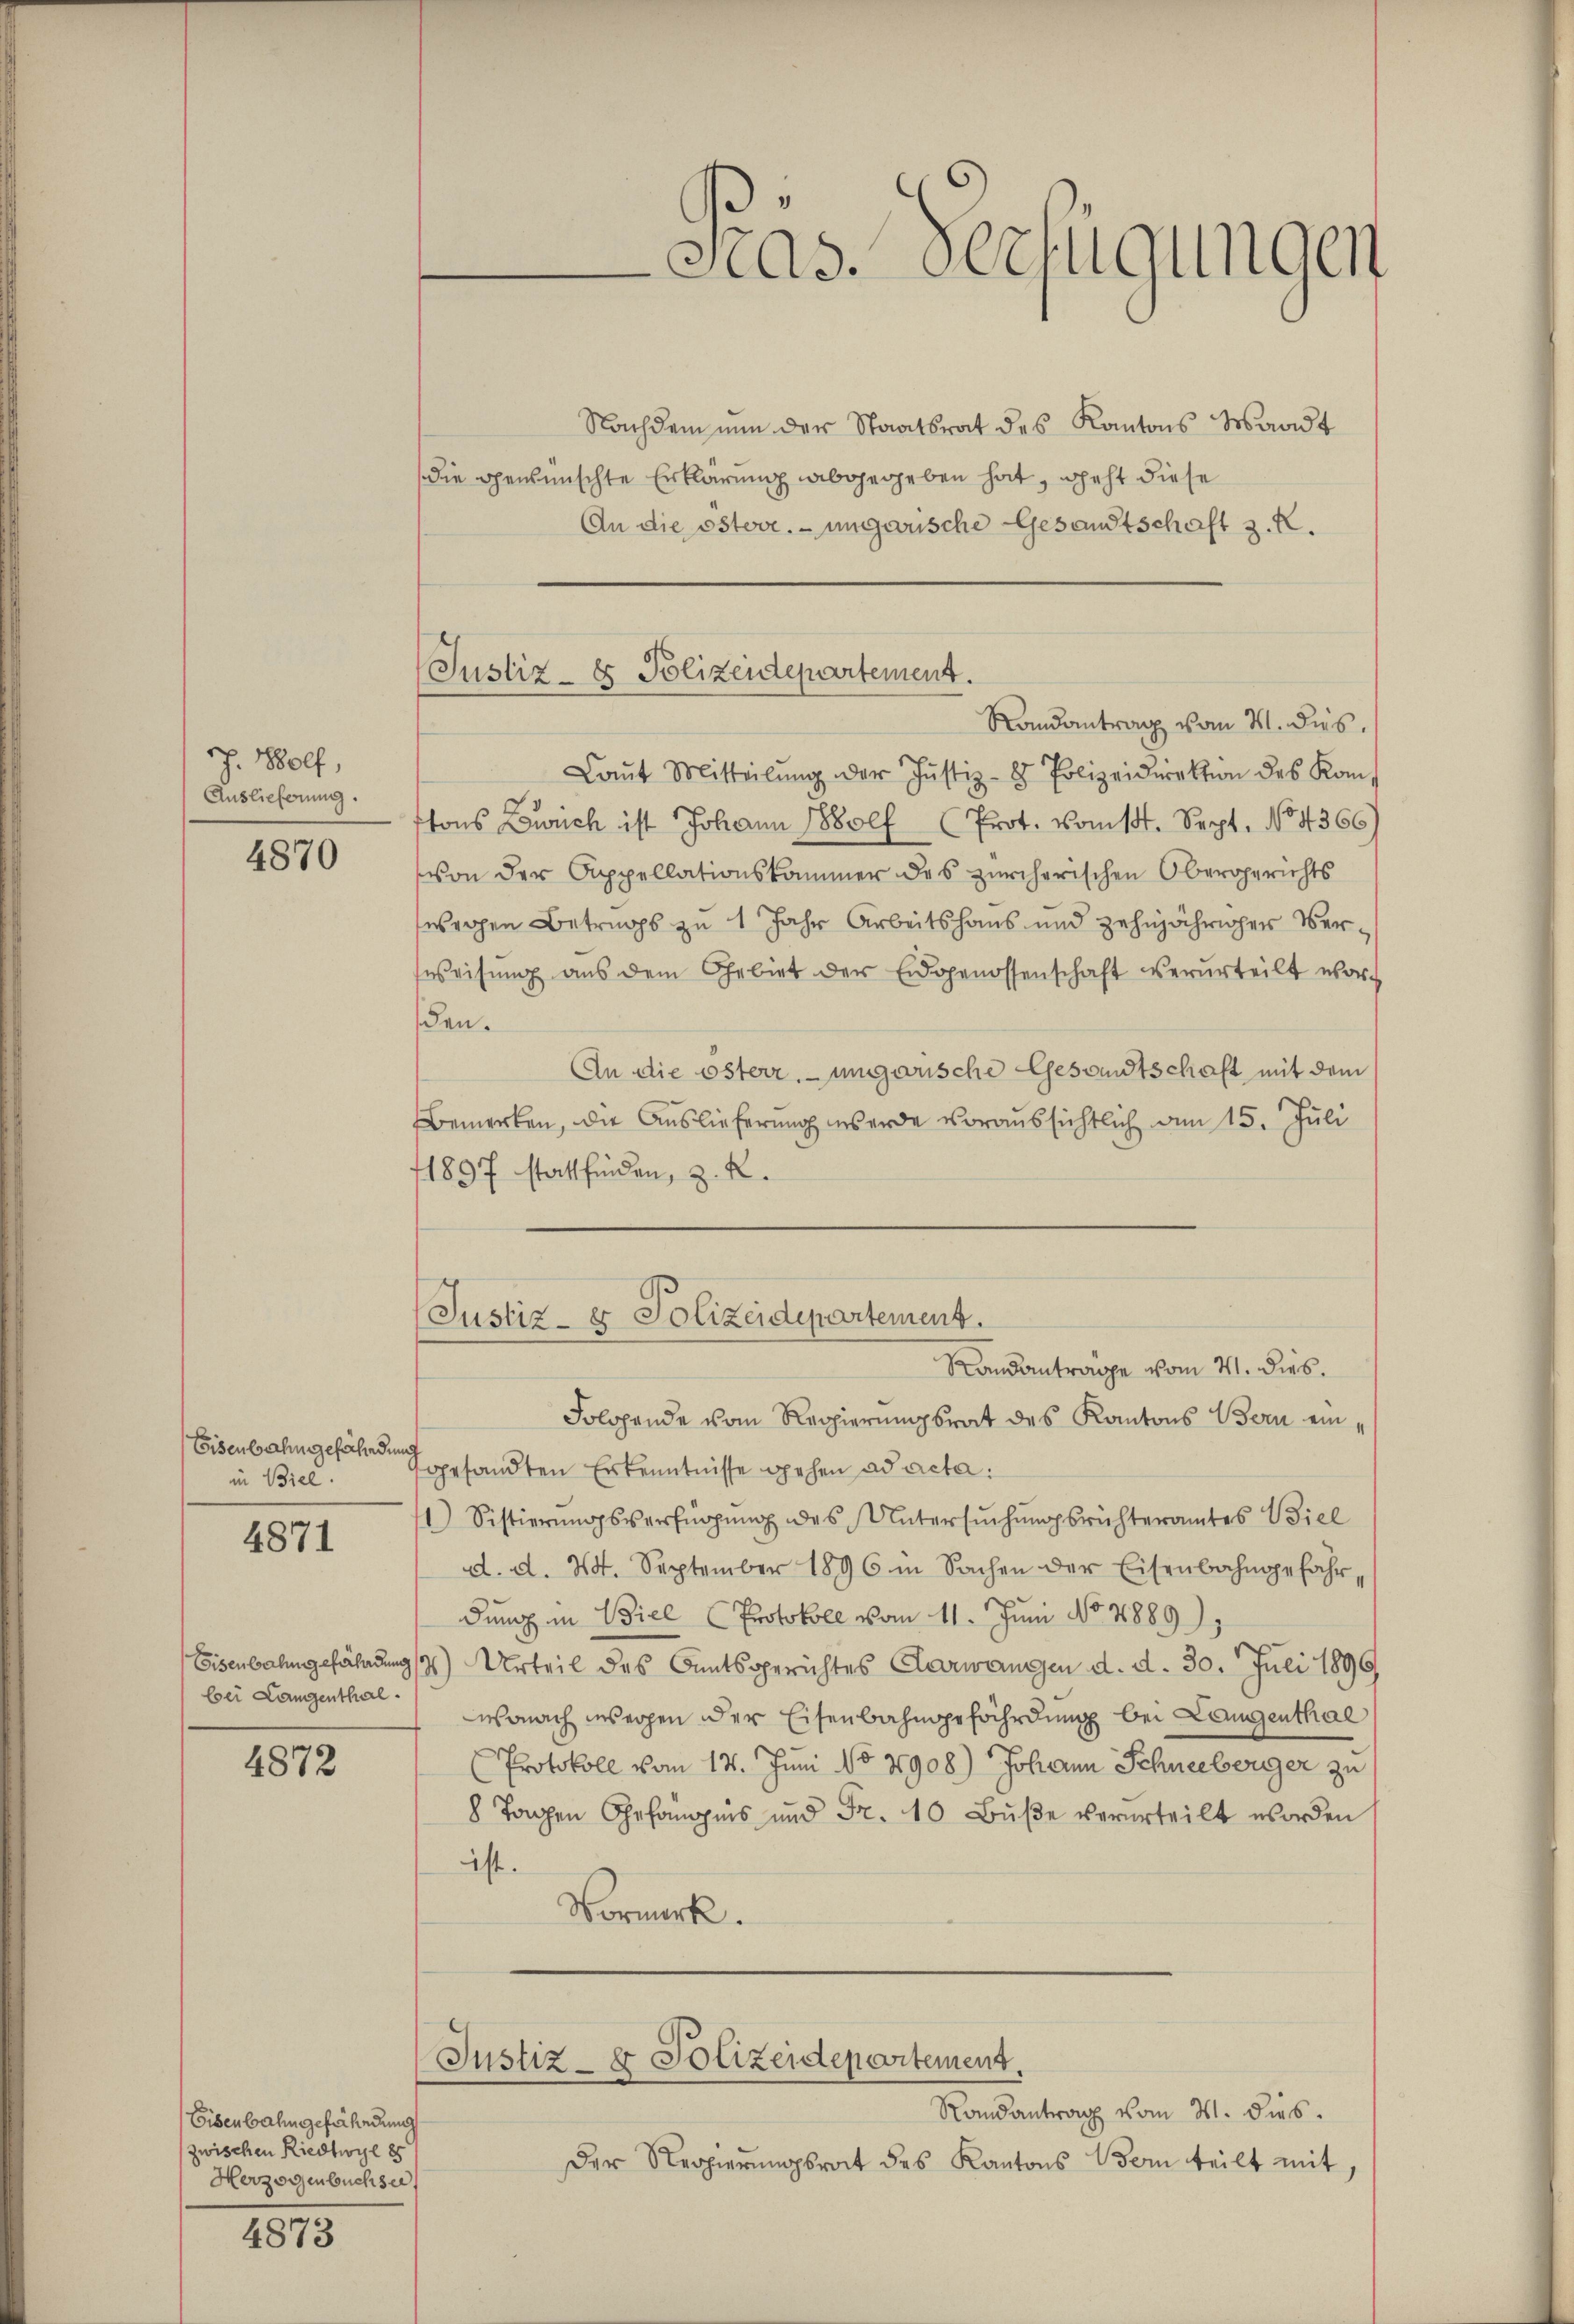
J. Wolf,
Auslieferung.

4870

Eisenbahngefährdung
in Biel.

4871

bei Langenthal.

4872

Eisenbahngefährdung
zwischen Riedtwyl 85
Herzogenbuchse

4873

Justiz- & Polizeidepartement.

Nachdem nun der Staatsrat des Kantons Waadt
die gewünschte Erklärung abgegeben hat, geht diese
An die österr. ungarische Gesandtschaft z. R.
Randantrag vom 21. dies
Laŭt Mitteilŭng der Justiz- & Polizeidirektion des Kom-
tons Zürich ist Johann Wolf (Prot. vom 1. Sept. No. 4366)
von der Cappellationskammer des zürcherischen Obergerichts
wegen Betrugs zu 1 Jahr Arbeitshaus und zehnjähriger Versweisŭng aus dem Gebiet der Eidgenossenschaft verurteilt word
den.
An die österr. ungarische Gesandtschaft mit dem
Bemerken, die Auslieferung werde voraussichtlich am 15. Juli
1897 stattfinden, z. R.
Justiz- & Polizeidepartement.
Randanträge vom 21. dies.
Folgende vom Regierungsrat des Kantons Bern ein¬
Igesandten Erkenntnisse gehen ad acta.
1) Sistierŭngsverfügŭng des Untersŭchŭngsrichteramtes Biel
d. d. 24. September 1896 in Sachen der Eisenbahngefahrdung in Biel Protokoll vom 11. Juni No 1889
Eisenbahngefährdungs Urteil des Amtsgerichtes Aarwangen d. d. 30. Juli 1890
wonach unsergen der Eisenbahngefährdung bei Leugenthal
Protokoll vom 17. Juni 187908) Johann Schneeberger zu
8 Tagen Gefängnis und Fr. 10 Buße verurteilt worden
ist.
Vormerk.
Justiz- & Polizeidepartement.
Randantrag vom 21. dies
Der Regierungsrat des Kantons Bern teilt mit,

Gras. Verfügungen